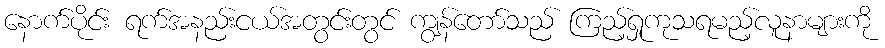
နောက်ပိုင်း ရက်အနည်းငယ်အတွင်းတွင် ကျွန်တော်သည် ကြည့်ရှုကုသရမည့်လူနာများကို